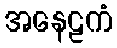
အနေဠကံ